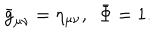
{ \bar { g } } _ { \mu \nu } = \eta _ { \mu \nu } , ~ ~ { \bar { \Phi } } = 1 .